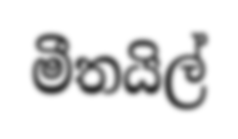
මීතයිල්